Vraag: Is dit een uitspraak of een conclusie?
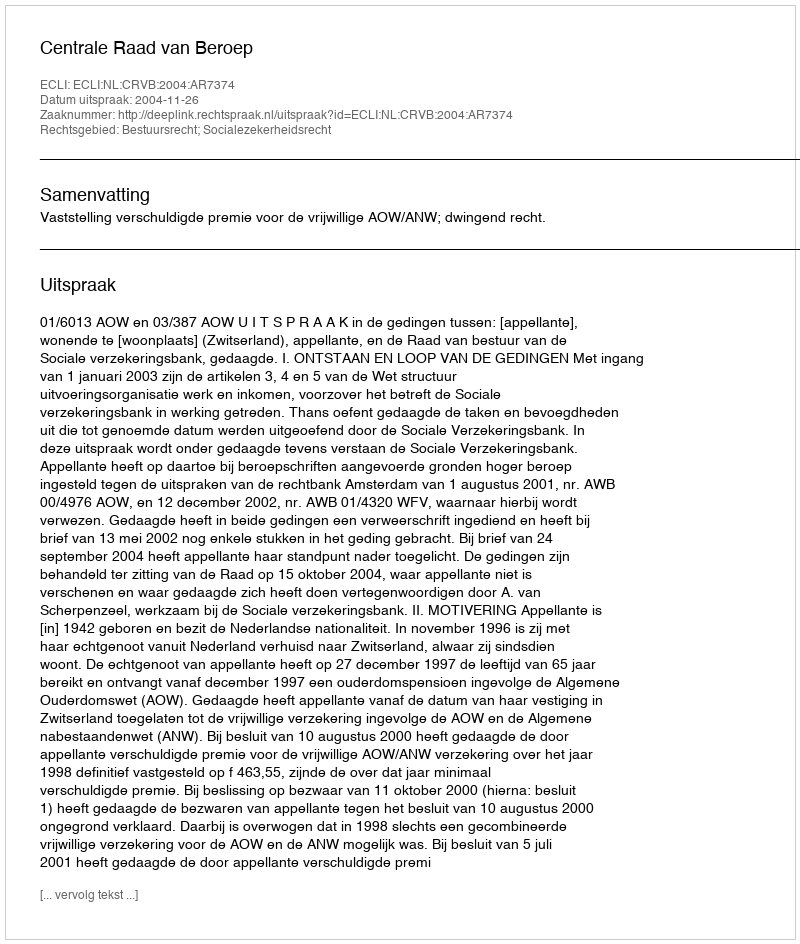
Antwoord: Uitspraak